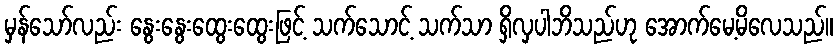
မှန်သော်လည်း နွေးနွေးထွေးထွေးဖြင့် သက်သောင့် သက်သာ ရှိလှပါဘိသည်ဟု အောက်မေ့မိလေသည်။